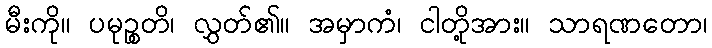
မီးကို။ ပမုဉ္စတိ၊ လွှတ်၏။ အမှာကံ၊ ငါတို့အား။ သာရဏတော၊